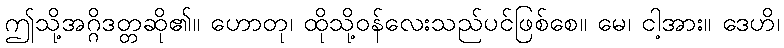
ဤသို့အဂ္ဂိဒတ္တဆို၏။ ဟောတု၊ ထိုသို့ဝန်လေးသည်ပင်ဖြစ်စေ။ မေ၊ ငါ့အား။ ဒေဟိ၊